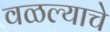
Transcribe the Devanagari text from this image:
वळल्याचे